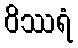
ဝိဿရံ